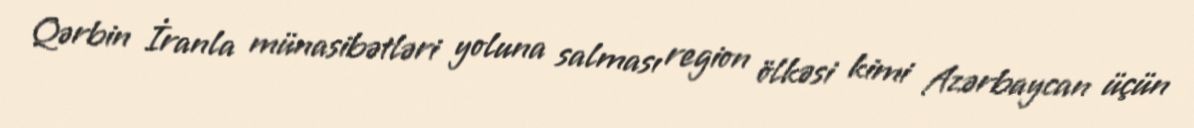
Qərbin İranla münasibətləri yoluna salması region ölkəsi kimi Azərbaycan üçün